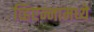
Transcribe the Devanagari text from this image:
व्हिएन्नामध्ये